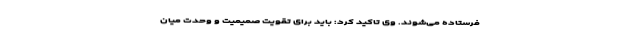
فرستاده می‌شوند. وی تاکید کرد: باید برای تقویت صمیمیت و وحدت میان